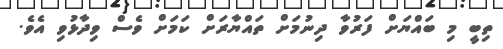
ތިބީ މި ބައްޔަށް ފަރުވާ ދިނުމަށް ތައްޔާރަށް ކަމަށް ވެސް ވިދާޅުވި އެވެ.